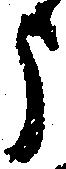
う